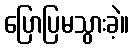
ပြောပြမသွားခဲ့။